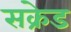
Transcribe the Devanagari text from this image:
सक्रेड